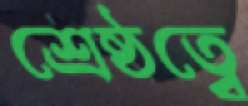
শ্রেষ্ঠত্বে